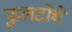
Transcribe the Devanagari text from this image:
फुलटोचे